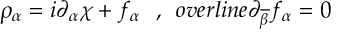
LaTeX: \rho _ { \alpha } = i \partial _ { \alpha } \chi + f _ { \alpha } \ \ , \ \, o v e r l i n e { \partial } _ { \overline { { { \beta } } } } f _ { \alpha } = 0